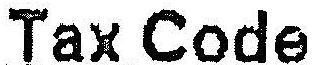
TAX CODE